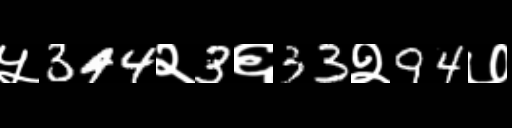
Text: ५344२3६33२94७